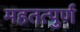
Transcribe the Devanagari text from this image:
महतत्पुर्ण